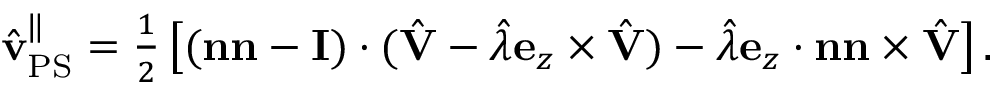
\begin{array} { r } { \hat { \mathbf { v } } _ { \mathrm { P S } } ^ { \| } = \frac { 1 } { 2 } \left[ ( \mathbf { n n } - \mathbf { I } ) \cdot ( \hat { \mathbf { V } } - \hat { \lambda } \mathbf { e } _ { z } \times \hat { \mathbf { V } } ) - \hat { \lambda } \mathbf { e } _ { z } \cdot \mathbf { n } \mathbf { n } \times \hat { \mathbf { V } } \right] . } \end{array}